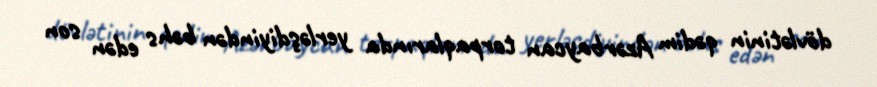
dövlətinin qədim Azərbaycan torpaqlarında yerləşdiyindən bəhs edən son